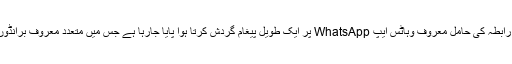
نوبت یہ آگئی ہے کہ ہندوستان میں معاشرتی رابطہ کی حامل معروف وہاٹس ایپ WhatsApp پر ایک طویل پیغام گردش کرتا ہوا پایا جارہا ہے جس میں متعدد معروف برانڈوں پر مشتمل مصنوعات کو نشانہ بنایا گیا ہے۔